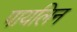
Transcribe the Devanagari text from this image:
पायलिन